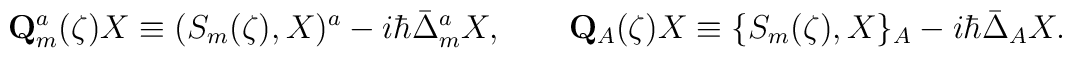
\mathbf{Q}_m^a(\zeta) X \equiv ( S_m(\zeta), X )^a - i \hbar \bar{\Delta}^a_m X,\qquad\mathbf{Q}_A(\zeta) X \equiv \{ S_m(\zeta), X \}_A -i \hbar \bar{\Delta}_A X.